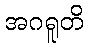
အဂရူတိ